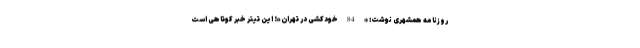
روزنامه همشهری نوشت: «84خودکشی در تهران»؛ این تیتر خبر کوتاهی است